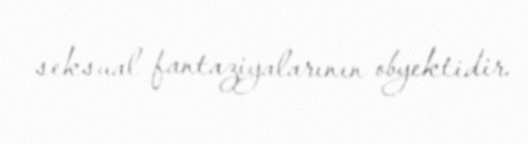
seksual fantaziyalarının obyektidir.